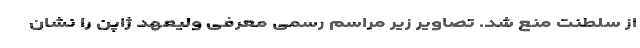
از سلطنت منع شد. تصاویر زیر مراسم رسمی معرفی ولیعهد ژاپن را نشان